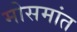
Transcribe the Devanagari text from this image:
मोसमांत